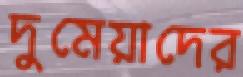
দুমেয়াদের